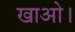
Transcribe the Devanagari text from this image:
खाओ।